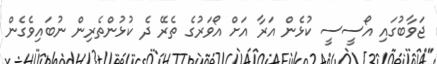
ޖަވާބުގައި އޯސީސީ ކުޅެން އަރާ އަށް އޯވަރުގެ ތެރޭ ދެ ކުޅުންތެރިން ނުބައިވެގެން